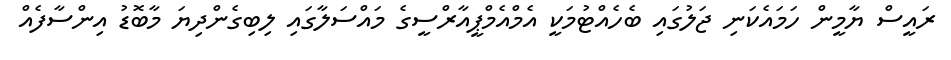
ރައީސް ޔާމީން ހަމައެކަނި ޖަލުގައި ބެހެއްޓުމަކީ އެމްއެމްޕީއާރްސީގެ މައްސަލާގައި ލިބިގެންދިޔަ މާބޮޑު އިންސާފެއް